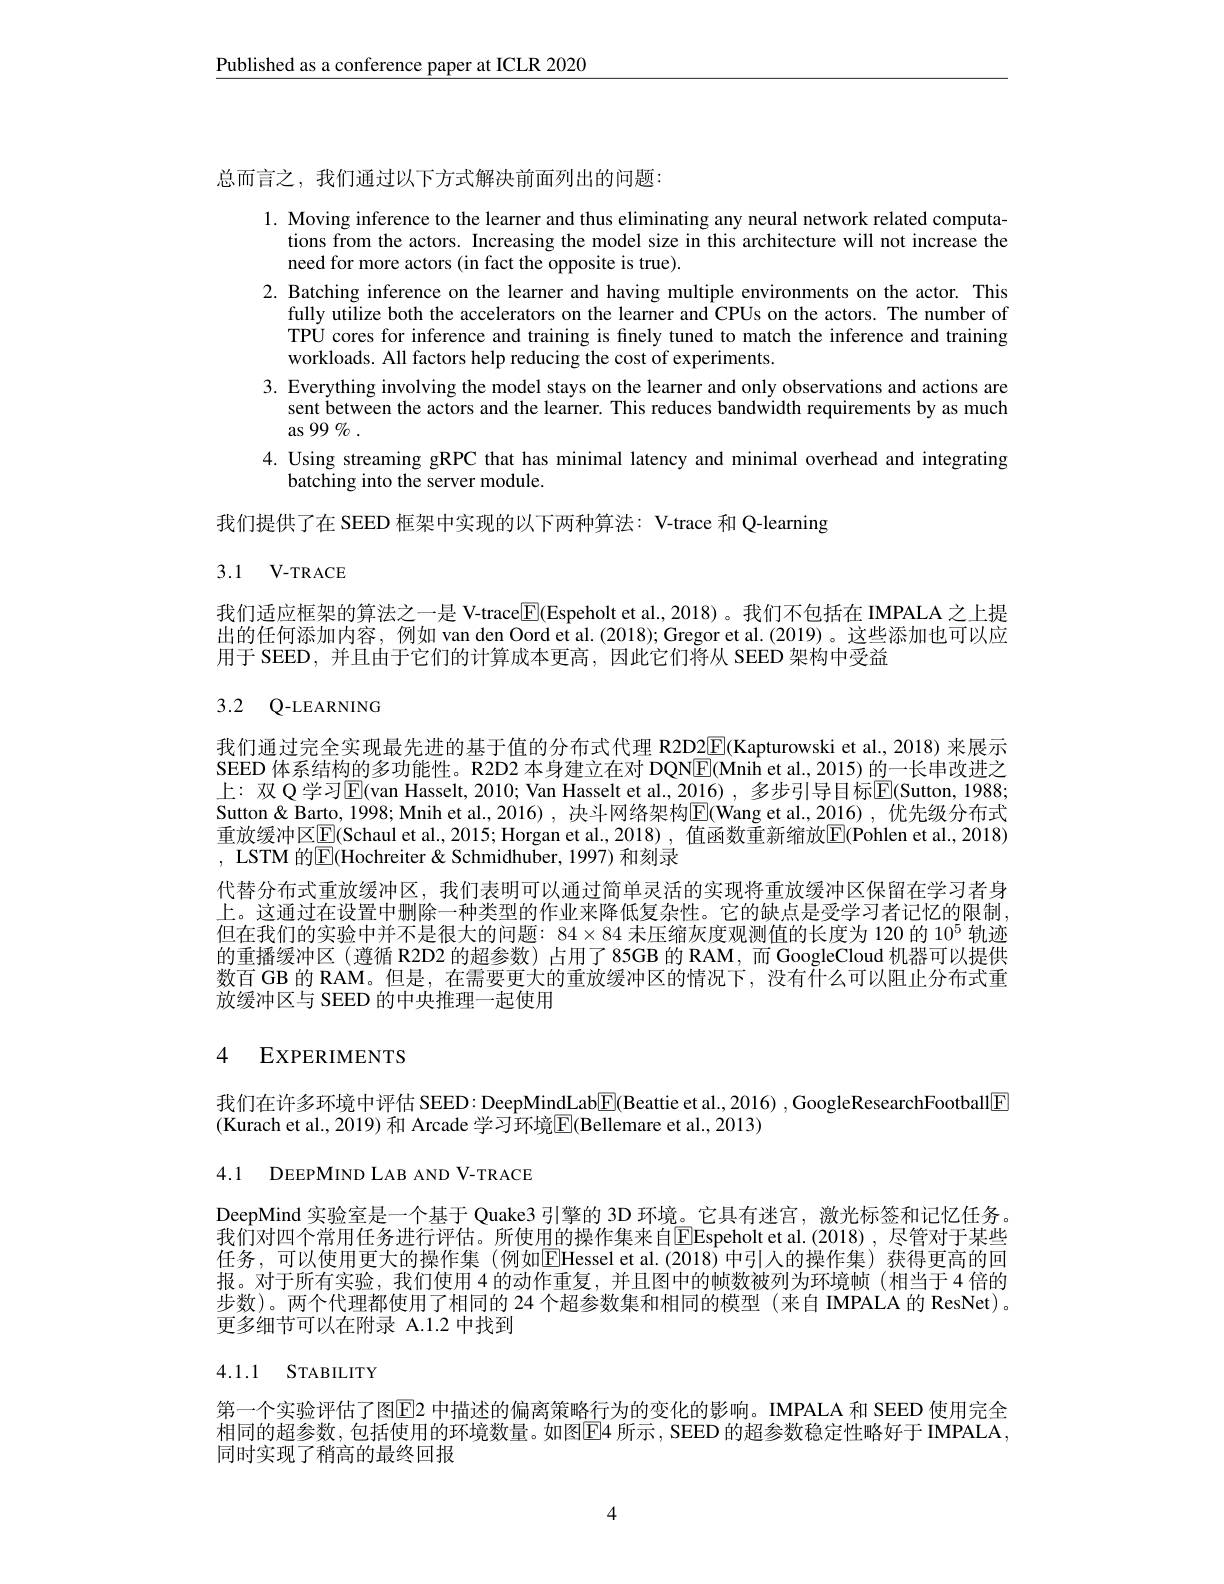
$\underline{\text{Published as a conference paper at ICLR 2020}}$

总而言之，我们通过以下方式解决前面列出的问题

1. Moving inference to the learner and thus eliminating any neural network related computa-
tions from the actors. Increasing the model size in this architecture will not increase the
need for more actors (in fact the opposite is true).
2. Batching inference on the learner and having multiple environments on the actor. This
fully utilize both the accelerators on the learner and CPUs on the actors. The number of TPU cores for inference and training is finely tuned to match the inference and training workloads. All factors help reducing the cost of experiments.
3. Everything involving the model stays on the learner and only observations and actions are
sent between the actors and the learner. This reduces bandwidth requirements by as much
as 99% .
4. Using streaming gRPC that has minimal latency and minimal overhead and integrating
batching into the server module.

我们提供了在 SEED 框架中实现的以下两种算法：V-trace 和 Q-learning

## 3.1 V-TRACE

我们适应框架的算法之一是 V-trace$\mathbb{E}($Espeholt et al.,2018)。我们不包括在 IMPALA 之上提出的任何添加内容，例如 van den Oord et al.(2018); Gregor et al.(2019)。这些添加也可以应用于 SEED, 并且由于它们的计算成本更高，因此它们将从 SEED 架构中受益

3.2 Q-LEARNING

我们通过完全实现最先进的基于值的分布式代理 R2D2$\underline{\mathrm{E}}($Kapturowski et al., 2018) 来展示SEED 体系结构的多功能性。R2D2 本身建立在对 DQN$\boxed{\mathrm{E}}($Mnih et al., 2015) 的一长串改进之上：双 Q 学习$\overline{\mathrm{E}}($van Hasselt, 2010; Van Hasselt et al., 2016) , 多步引导目标$\overline{\mathrm{E}}($Sutton, 1988 Sutton& Barto, 1998; Mnih et al., 2016) , 决斗网络架构E(Wang et al., 2016) ,优先级分布式重放缓冲区$\boxed{\mathrm{F}}($Schaul et al., 2015; Horgan et al., 2018) , 值函数重新缩放$\boxed{\mathrm{E}}($Pohlen et al., 2018) , LSTM 的|E|Hochreiter&Schmidhuber, 1997) 和刻录
代替分布式重放缓冲区，我们表明可以通过简单灵活的实现将重放缓冲区保留在学习者身上。这通过在设置中删除一种类型的作业来降低复杂性。它的缺点是受学习者记忆的限制但在我们的实验中并不是很大的问题：$84\times84$未压缩灰度观测值的长度为 120 的$10^{5}$轨迹的重播缓冲区 (遵循 R2D2 的超参数)占用了85GB 的 RAM,而 GoogleCloud 机器可以提供数百 GB 的 RAM。但是，在需要更大的重放缓冲区的情况下，没有什么可以阻止分布式重放缓冲区与 SEED 的中央推理一起使用

# 4 EXPERIMENTS

我们在许多环境中评估 SEED: DeepMindLab$\boxed{\mathrm{F}}($Beattie et al., 2016) , GoogleResearchFootball[E]
(Kurach et al., 2019) 和 Arcade 学习环境$\overline{\mathrm{E}}($Bellemare et al., 2013)

4.1 DEEPMIND LAB AND V-TRACE

DeepMind 实验室是一个基于 Quake3 引擎的 3D 环境。它具有迷宫，激光标签和记忆任务$\hat{\text{我们对四个常用任务进行评估。所使用的操作集来自}}$Espeholt et al.(2018),尽管对于某些任务，可以使用更大的操作集 (例如$\boxed{\mathrm{E}}$Hessel et al.(2018)中引入的操作集)获得更高的回报。对于所有实验，我们使用 4 的动作重复，并且图中的帧数被列为环境帧(相当于 4 倍的步数)。两个代理都使用了相同的 24 个超参数集和相同的模型(来自IMPALA 的 ResNet)。更多细节可以在附录 A.1.2 中找到

# 4.1.1 STABILITY

第一个实验评估了图$\mathbb{E}$2 中描述的偏离策略行为的变化的影响。IMPALA 和 SEED 使用完全相同的超参数，包括使用的环境数量。如图$\boxed{\mathrm{E}}4$ 所示，SEED 的超参数稳定性略好于 IMPALA, 同时实现了稍高的最终回报

4